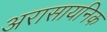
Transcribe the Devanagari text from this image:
अरासायनिक